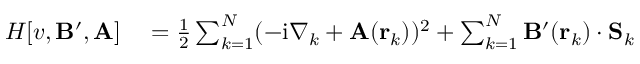
\begin{array} { r l } { H [ v , \mathbf { B } ^ { \prime } , \mathbf { A } ] } & { { } = \frac { 1 } { 2 } \sum _ { k = 1 } ^ { N } ( - \mathrm { i } \nabla _ { k } + \mathbf { A } ( \mathbf { r } _ { k } ) ) ^ { 2 } + \sum _ { k = 1 } ^ { N } \mathbf { B } ^ { \prime } ( \mathbf { r } _ { k } ) \cdot \mathbf { S } _ { k } } \end{array}